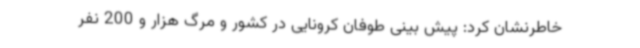
خاطرنشان کرد: پیش بینی طوفان کرونایی در کشور و مرگ هزار و 200 نفر